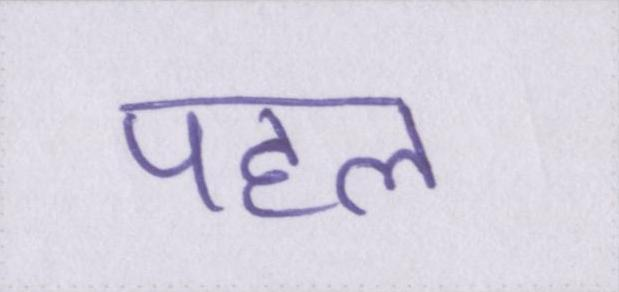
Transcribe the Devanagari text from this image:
पहल